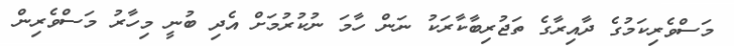
މަސްވެރިކަމުގެ ދާއިރާގެ ތަޖުރިބާކާރަކު ނަން ހާމަ ނުކުރުމަށް އެދި ބުނީ މިހާރު މަސްވެރިން